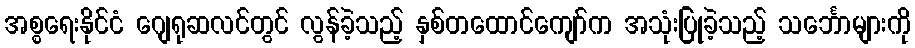
အစ္စရေးနိုင်ငံ ဂျေရုဆလင်တွင် လွန်ခဲ့သည့် နှစ်တထောင်ကျော်က အသုံးပြုခဲ့သည့် သင်္ဘောများကို